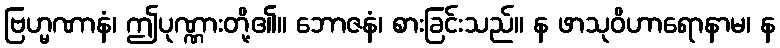
ဗြဟ္မဏာနံ၊ ဤပုဏ္ဏားတို့၏။ ဘောဇနံ၊ စားခြင်းသည်။ န ဖာသုဝိဟာရောနာမ၊ န